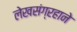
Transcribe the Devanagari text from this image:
लेखसंग्रहाने